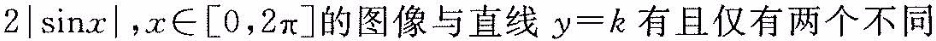
2 \left | \sin x \right |$$，x∈[0，2π]的图像与直线y=k有且仅有两个不同